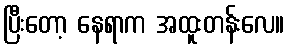
ပြီးတော့ နေရာက အထူးတန်းလေ။